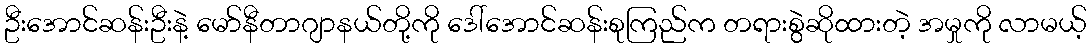
ဦးအောင်ဆန်းဦးနဲ့ မော်နီတာဂျာနယ်တို့ကို ဒေါ်အောင်ဆန်းစုကြည်က တရားစွဲဆိုထားတဲ့ အမှုကို လာမယ့်